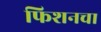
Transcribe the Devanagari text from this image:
फिशनचा